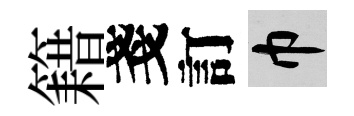
籍戔訂巾